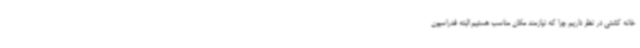
خانه کشتی در نظر داریم چرا که نیازمند مکان مناسب هستیم‌ البته فدراسیون